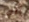
أنك